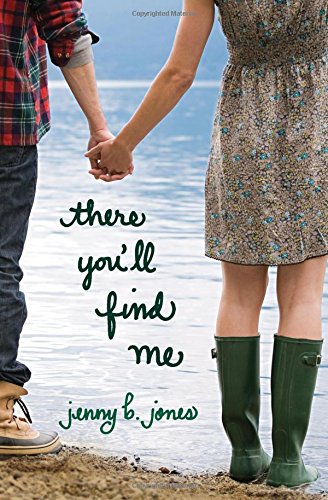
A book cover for There You'll Find Me; Jenny B. Jones; Teen & Young Adult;